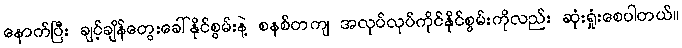
နောက်ပြီး ချင့်ချိန်တွေးခေါ်နိုင်စွမ်းနဲ့ စနစ်တကျ အလုပ်လုပ်ကိုင်နိုင်စွမ်းကိုလည်း ဆုံးရှုံးစေပါတယ်။